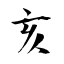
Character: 亥